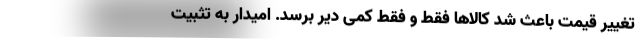
تغییر قیمت باعث شد کالاها فقط و فقط کمی دیر برسد. امیدار به تثبیت